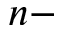
n -